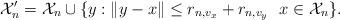
LaTeX: \begin{align*}\mathcal{X}_n'= \mathcal{X}_n \cup \{y: \|y-x\| \leq r_{n,v_x}+r_{n,v_y} \, \, \, \, x \in \mathcal{X}_n \}.\end{align*}